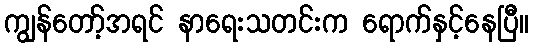
ကျွန်တော့်အရင် နာရေးသတင်းက ရောက်နှင့်နေပြီ။